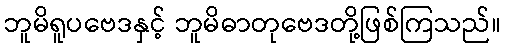
ဘူမိရူပဗေဒနှင့် ဘူမိဓာတုဗေဒတို့ဖြစ်ကြသည်။